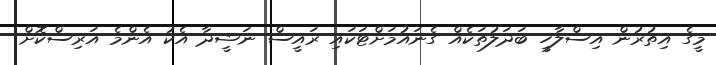
މީގެ އިތުރުން އިސްލާހީ ބަދަލުތަކެއް ގެނައުމަށްޓަކައި ރައީސް ނަޝީދާ އެކު އެންމެ އަރިސްކޮށް